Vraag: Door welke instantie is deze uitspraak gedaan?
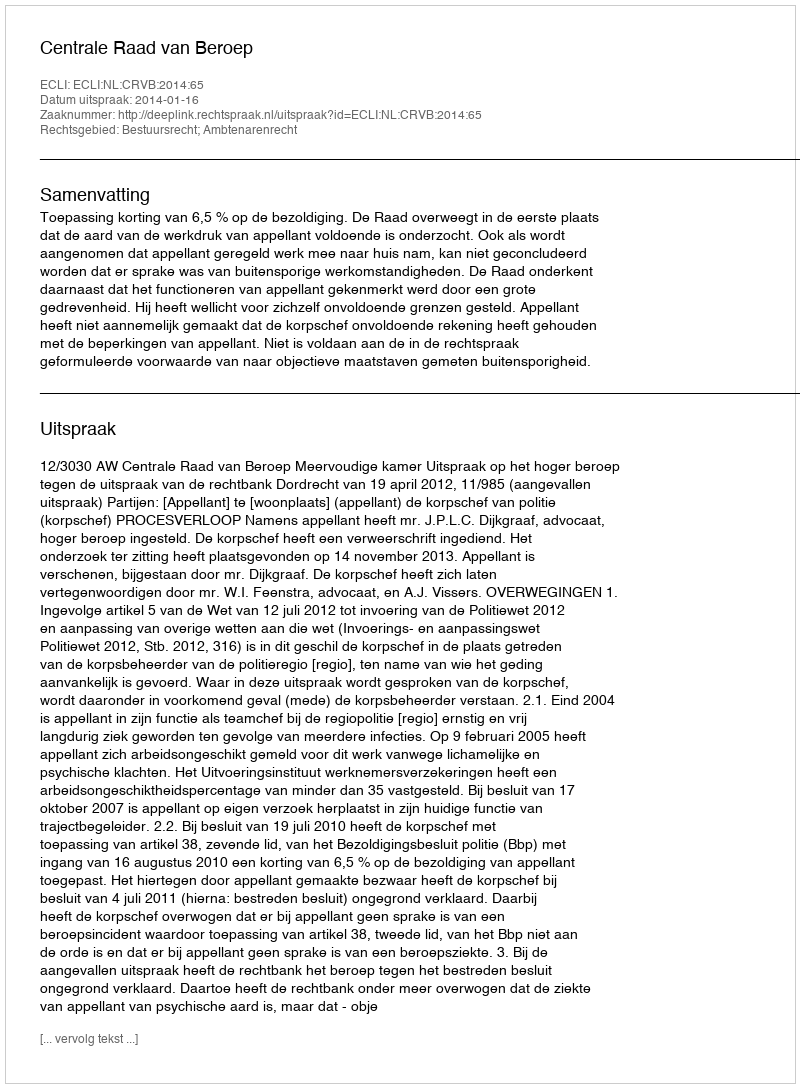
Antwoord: Centrale Raad van Beroep